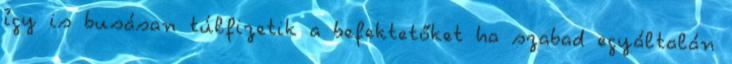
így is busásan túlfizetik a befektetőket ha szabad egyáltalán